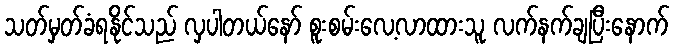
သတ်မှတ်ခံရနိုင်သည် လှပါတယ်နော် စူးစမ်းလေ့လာထားသူ လက်နက်ချပြီးနောက်